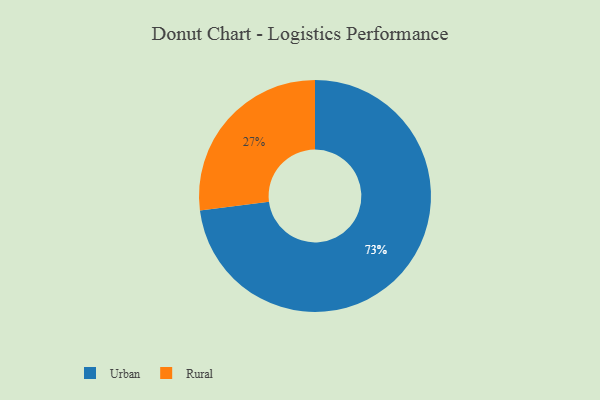
{"axis": {"x": "Category", "y": "Percentage"}, "legend": ["Rural", "Urban"], "data": [{"x": "Rural", "y": 27, "type": "Rural"}, {"x": "Urban", "y": 73, "type": "Urban"}]}